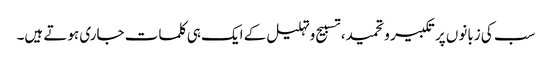
سب کی زبانوں پر تکبیر وتحمید، تسبیح وتہلیل کے ایک ہی کلمات جاری ہوتے ہیں۔